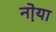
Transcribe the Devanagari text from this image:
नो़या